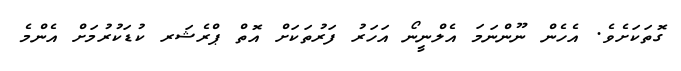
ގޮތަކަށެވެ. އެހެން ނޫންނަމަ އެލްނީނޯ އަހަރު ފަރުތަކަށް އޮތް ޕްރެޝަރ ކުޑަކުރުމަށް އެންމެ